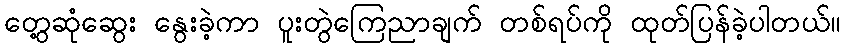
တွေ့ဆုံဆွေး နွေးခဲ့ကာ ပူးတွဲကြေညာချက် တစ်ရပ်ကို ထုတ်ပြန်ခဲ့ပါတယ်။